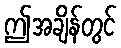
ဤအချိန်တွင်